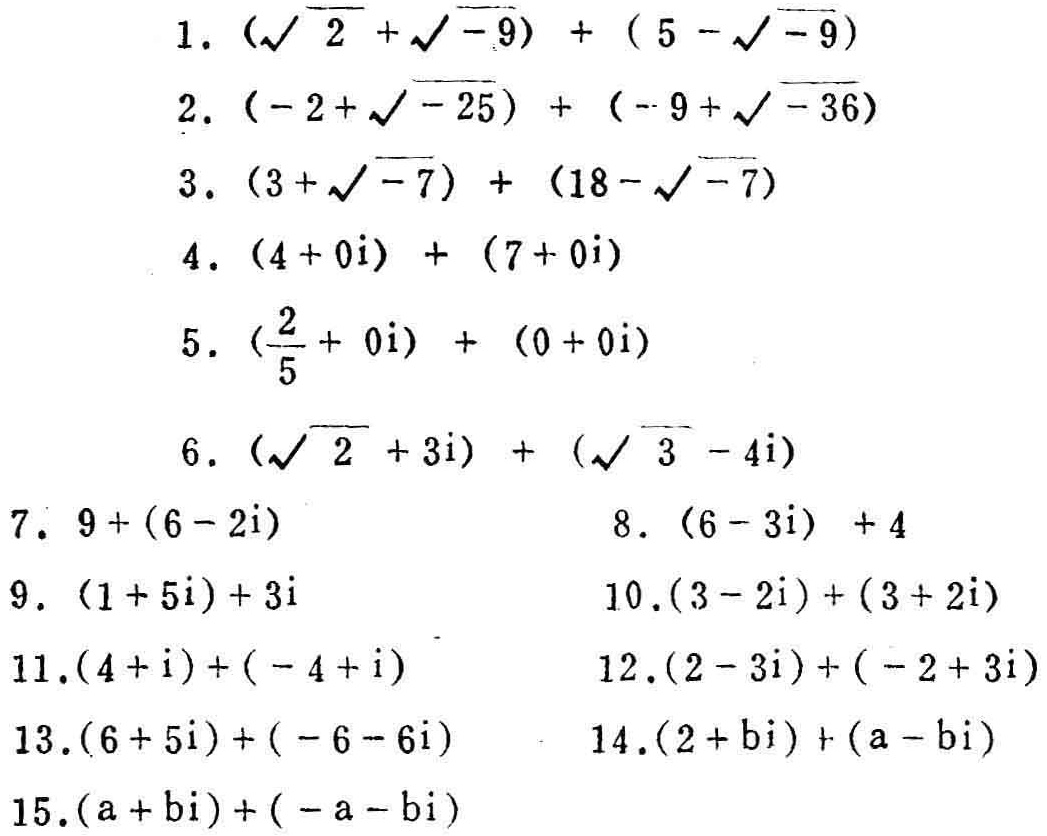
1. $(\sqrt{2}+\sqrt{-9})+(5 - \sqrt{-9})$
2. $(-2+\sqrt{-25})+(-9+\sqrt{-36})$
3. $(3+\sqrt{-7})+(18 - \sqrt{-7})$
4. $(4 + 0i)+(7+0i)$
5. $(\frac{2}{5}+0i)+(0 + 0i)$
6. $(\sqrt{2}+3i)+(\sqrt{3}-4i)$
7. $9+(6 - 2i)$
8. $(6 - 3i)+4$
9. $(1 + 5i)+3i$
10. $(3 - 2i)+(3+2i)$
11. $(4 + i)+(-4 + i)$
12. $(2 - 3i)+(-2+3i)$
13. $(6 + 5i)+(-6 - 6i)$
14. $(2 + bi)+(a - bi)$
15. $(a + bi)+(-a - bi)$